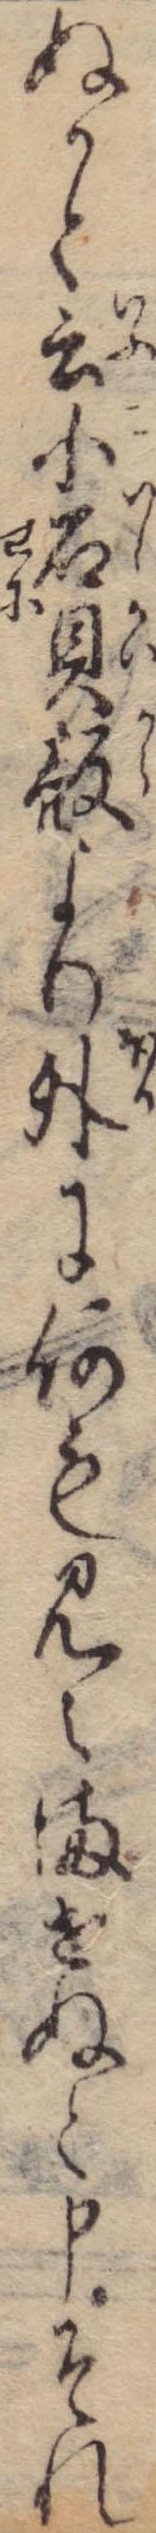
ぬかと云小石貝殻より外に何も見えませぬと申それ